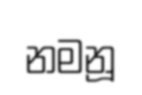
නමනූ